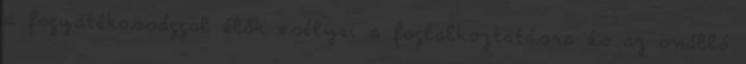
a fogyatékossággal élők esélyei a foglalkoztatásra és az önálló